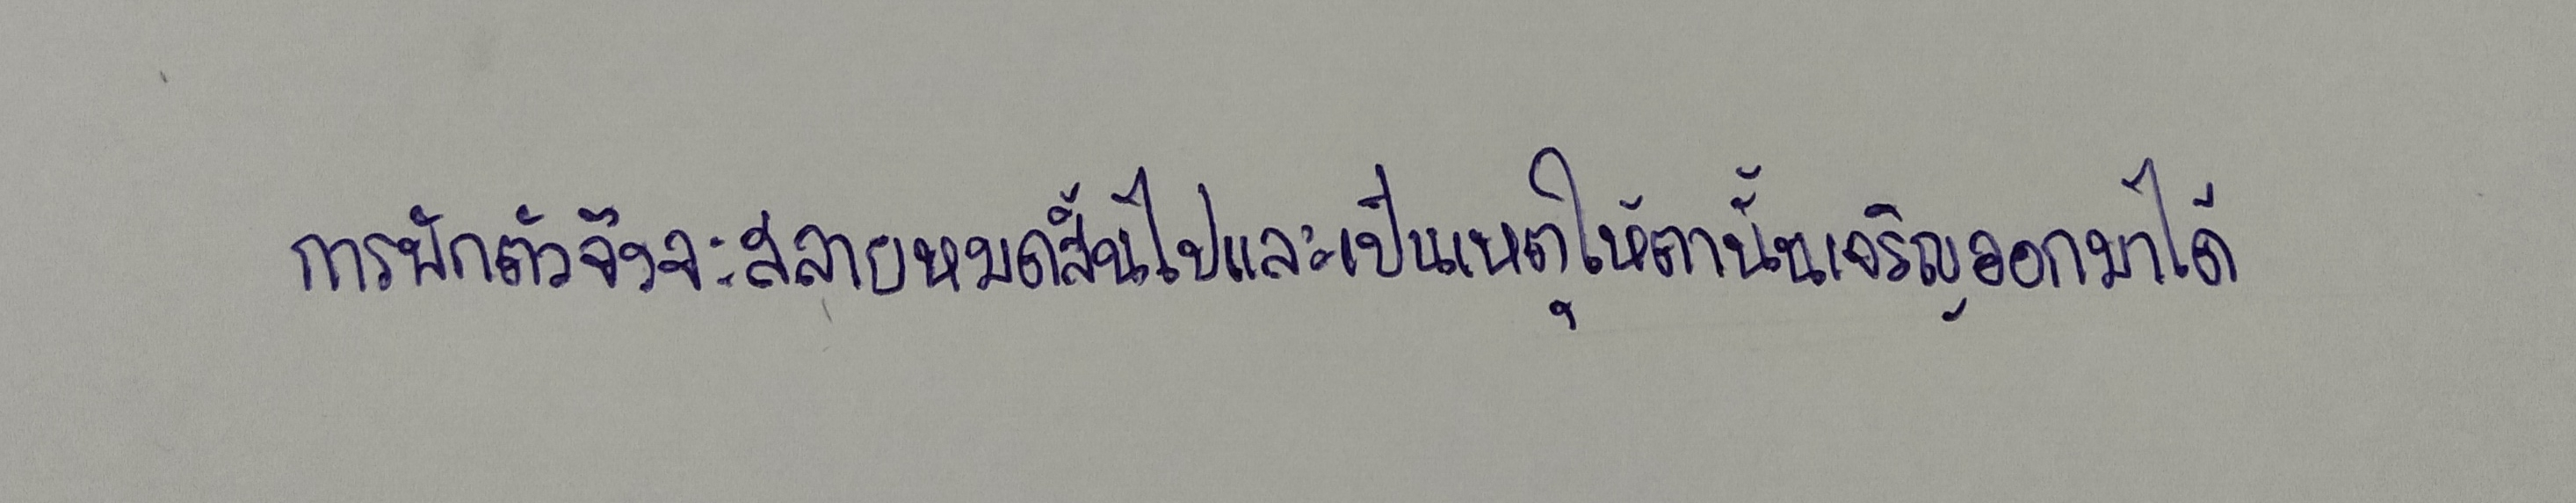
การพักตัวจึงจะสลายหมดสิ้นไปและเป็นเหตุให้ตานั้นเจริญออกมาได้